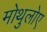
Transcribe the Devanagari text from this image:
मोथुलोए